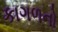
કાગળનો